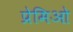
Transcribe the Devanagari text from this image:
प्रेमिओ